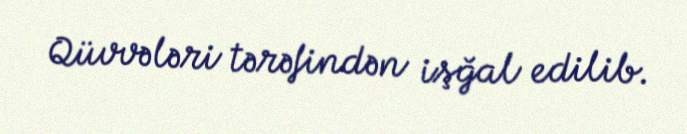
Qüvvələri tərəfindən işğal edilib.